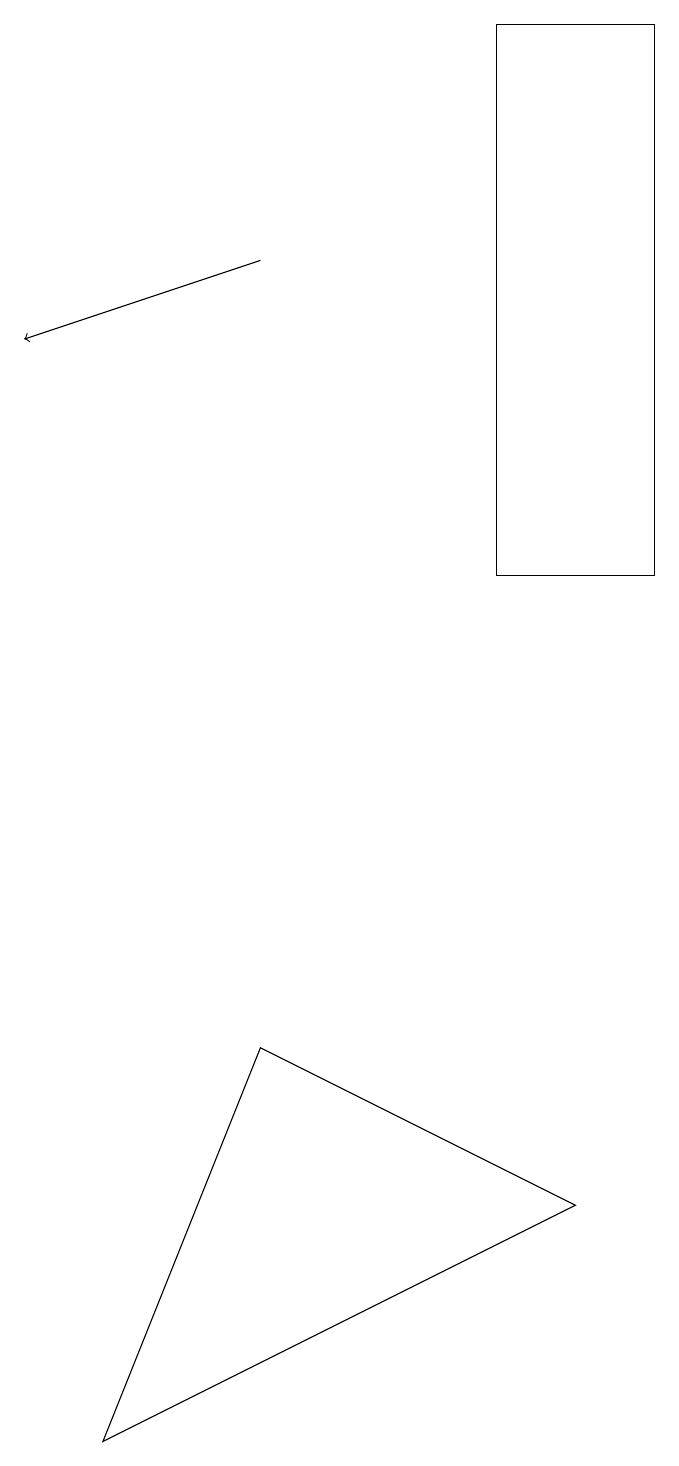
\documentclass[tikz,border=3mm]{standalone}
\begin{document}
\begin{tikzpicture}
\draw (8,4) -- (4,6) -- (2,1) -- cycle;
\draw[->] (4,16) -- (1,15);
\draw (9,19) rectangle (7,12);
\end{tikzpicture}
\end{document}